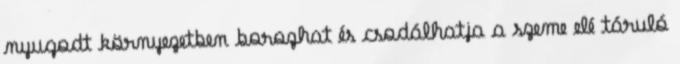
nyugodt környezetben borozhat és csodálhatja a szeme elé táruló